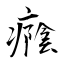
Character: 癊